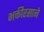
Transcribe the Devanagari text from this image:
भक्तीरसाने